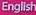
English